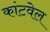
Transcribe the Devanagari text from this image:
कांटवेल